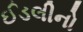
ઈડલીનો